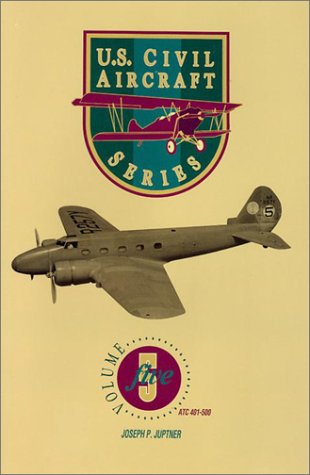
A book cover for U.S. Civil Aircraft Series, Vol. 5; Joseph P. Juptner; Sports & Outdoors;